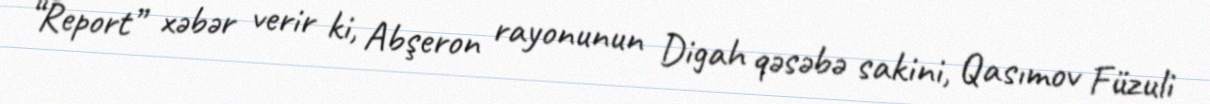
“Report” xəbər verir ki, Abşeron rayonunun Digah qəsəbə sakini, Qasımov Füzuli